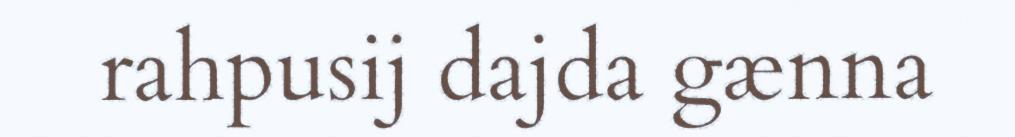
rahpusij dajda gænna